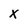
Character: X